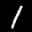
Label: 1